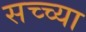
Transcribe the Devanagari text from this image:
सच्च्या